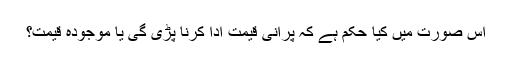
اس صورت میں کیا حکم ہے کہ پرانی قیمت ادا کرنا پڑی گی یا موجودہ قیمت؟